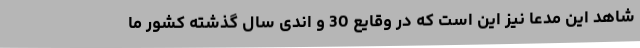
شاهد این مدعا نیز این است که در وقایع 30 و اندی سال گذشته کشور ما